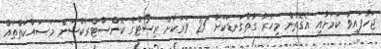
ޖަހާފައިވާ ކަމަށާއި އެގޮތުން މިހާރު ގާތްގަނޑަކަށް 25 ވަރަކަށް ރިސޯޓްގެ ކޮންސްޓްރަކްޝަން މަސައްކަތްތައް